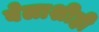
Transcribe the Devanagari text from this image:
बेलाशीही